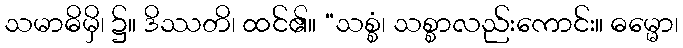
သမာဓိမှိ၊ ၌။ ဒိဿတိ၊ ထင်၏။ “သစ္စံ၊ သစ္စာလည်းကောင်း။ ဓမ္မော၊